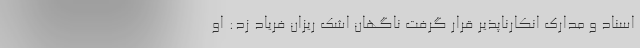
اسناد و مدارک انکارناپذیر قرار گرفت ناگهان اشک ریزان فریاد زد: او